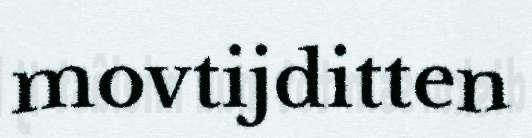
movtijditten